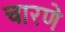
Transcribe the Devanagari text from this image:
चारणे